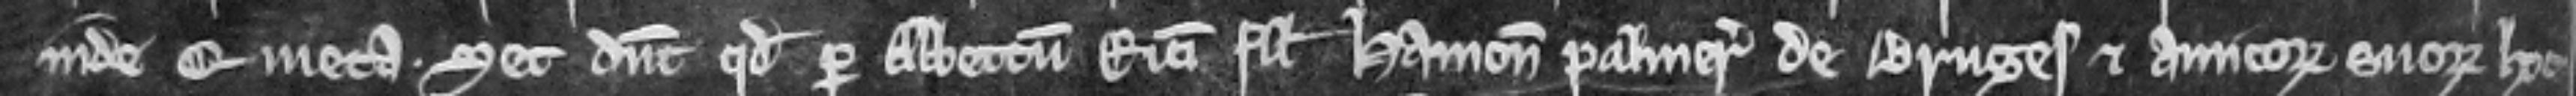
inde quieta. Set dicunt quod per abbettum Ricardi filli Hamonis palmeri de Bruges et amicorum suorum hoc